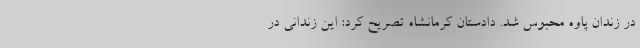
در زندان پاوه محبوس شد. دادستان کرمانشاه تصریح کرد: این زندانی در